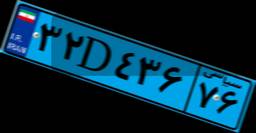
۶۷D۶۵۵۷۳